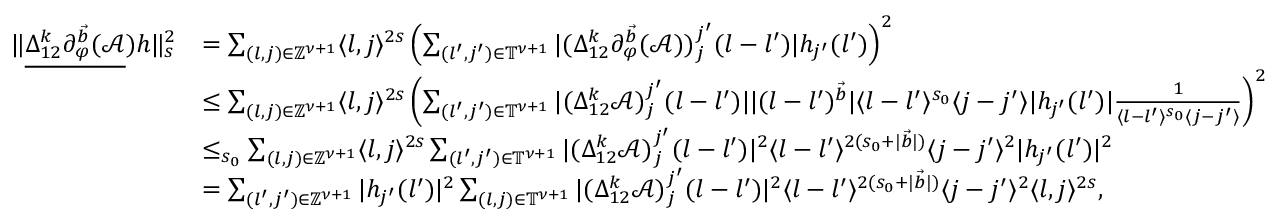
\begin{array} { r l } { \rVert \underline { { \Delta _ { 1 2 } ^ { k } \partial _ { \varphi } ^ { \vec { b } } ( \mathcal { A } } } ) h \rVert _ { s } ^ { 2 } } & { = \sum _ { ( l , j ) \in \mathbb { Z } ^ { \nu + 1 } } \langle l , j \rangle ^ { 2 s } \left( \sum _ { ( l ^ { \prime } , j ^ { \prime } ) \in \mathbb { T } ^ { \nu + 1 } } | ( \Delta _ { 1 2 } ^ { k } \partial _ { \varphi } ^ { \vec { b } } ( \mathcal { A } ) ) _ { j } ^ { j ^ { \prime } } ( l - l ^ { \prime } ) | h _ { j ^ { \prime } } ( l ^ { \prime } ) \right) ^ { 2 } } \\ & { \le \sum _ { ( l , j ) \in \mathbb { Z } ^ { \nu + 1 } } \langle l , j \rangle ^ { 2 s } \left( \sum _ { ( l ^ { \prime } , j ^ { \prime } ) \in \mathbb { T } ^ { \nu + 1 } } | ( \Delta _ { 1 2 } ^ { k } \mathcal { A } ) _ { j } ^ { j ^ { \prime } } ( l - l ^ { \prime } ) | | ( l - l ^ { \prime } ) ^ { \vec { b } } | \langle l - l ^ { \prime } \rangle ^ { s _ { 0 } } \langle j - j ^ { \prime } \rangle | h _ { j ^ { \prime } } ( l ^ { \prime } ) | \frac { 1 } { \langle l - l ^ { \prime } \rangle ^ { s _ { 0 } } \langle j - j ^ { \prime } \rangle } \right) ^ { 2 } } \\ & { \le _ { s _ { 0 } } \sum _ { ( l , j ) \in \mathbb { Z } ^ { \nu + 1 } } \langle l , j \rangle ^ { 2 s } \sum _ { ( l ^ { \prime } , j ^ { \prime } ) \in \mathbb { T } ^ { \nu + 1 } } | ( \Delta _ { 1 2 } ^ { k } \mathcal { A } ) _ { j } ^ { j ^ { \prime } } ( l - l ^ { \prime } ) | ^ { 2 } \langle l - l ^ { \prime } \rangle ^ { 2 ( s _ { 0 } + | \vec { b } | ) } \langle j - j ^ { \prime } \rangle ^ { 2 } | h _ { j ^ { \prime } } ( l ^ { \prime } ) | ^ { 2 } } \\ & { = \sum _ { ( l ^ { \prime } , j ^ { \prime } ) \in \mathbb { Z } ^ { \nu + 1 } } | h _ { j ^ { \prime } } ( l ^ { \prime } ) | ^ { 2 } \sum _ { ( l , j ) \in \mathbb { T } ^ { \nu + 1 } } | ( \Delta _ { 1 2 } ^ { k } \mathcal { A } ) _ { j } ^ { j ^ { \prime } } ( l - l ^ { \prime } ) | ^ { 2 } \langle l - l ^ { \prime } \rangle ^ { 2 ( s _ { 0 } + | \vec { b } | ) } \langle j - j ^ { \prime } \rangle ^ { 2 } \langle l , j \rangle ^ { 2 s } , } \end{array}